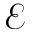
\mathcal { E }